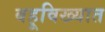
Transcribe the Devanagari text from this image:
बहूविख्यात